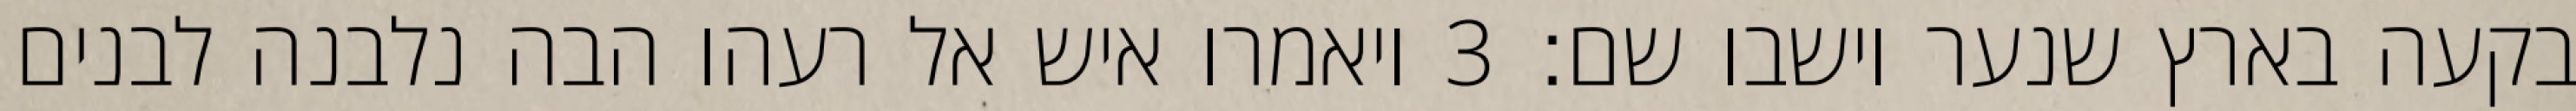
בקעה בארץ שנער וישבו שם׃ ‎3‏ ויאמרו איש אל רעהו הבה נלבנה לבנים